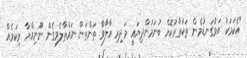
"އެކަމަކު އަޅުގަނޑުމެން ތަކުރާރުކޮށް ބުނަމުންދިޔައީ މަދިރި އާލާވާ ތަންތަން ނައްތާލެވިގެން ނޫނިއްޔާ މިކަމެއް